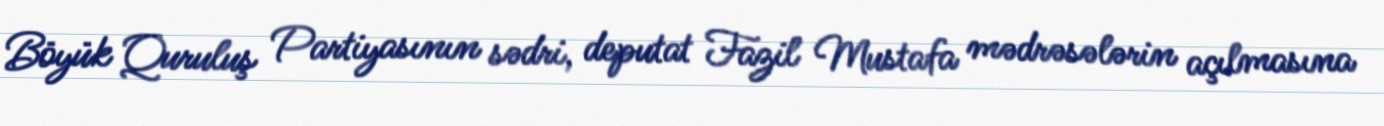
Böyük Quruluş Partiyasının sədri, deputat Fazil Mustafa mədrəsələrin açılmasına